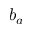
b _ { a }